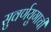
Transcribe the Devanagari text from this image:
सुवर्णयुगाची